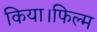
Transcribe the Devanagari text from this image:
किया।फिल्म